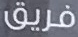
فريق